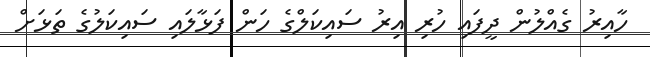
ހާއިރު ގެއްލުން ދީފައި ހުރި އިރު ސައިކަލްގެ ހަން ފަޅާލައި ސައިކަލުގެ ތަޅަށް